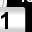
Digit: 1